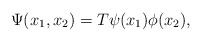
\begin{align*}\Psi(x_1,x_2)=T\psi(x_1)\phi(x_2), \end{align*}